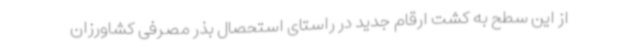
از این سطح به کشت ارقام جدید در راستای استحصال بذر مصرفی کشاورزان